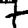
Digit: 7